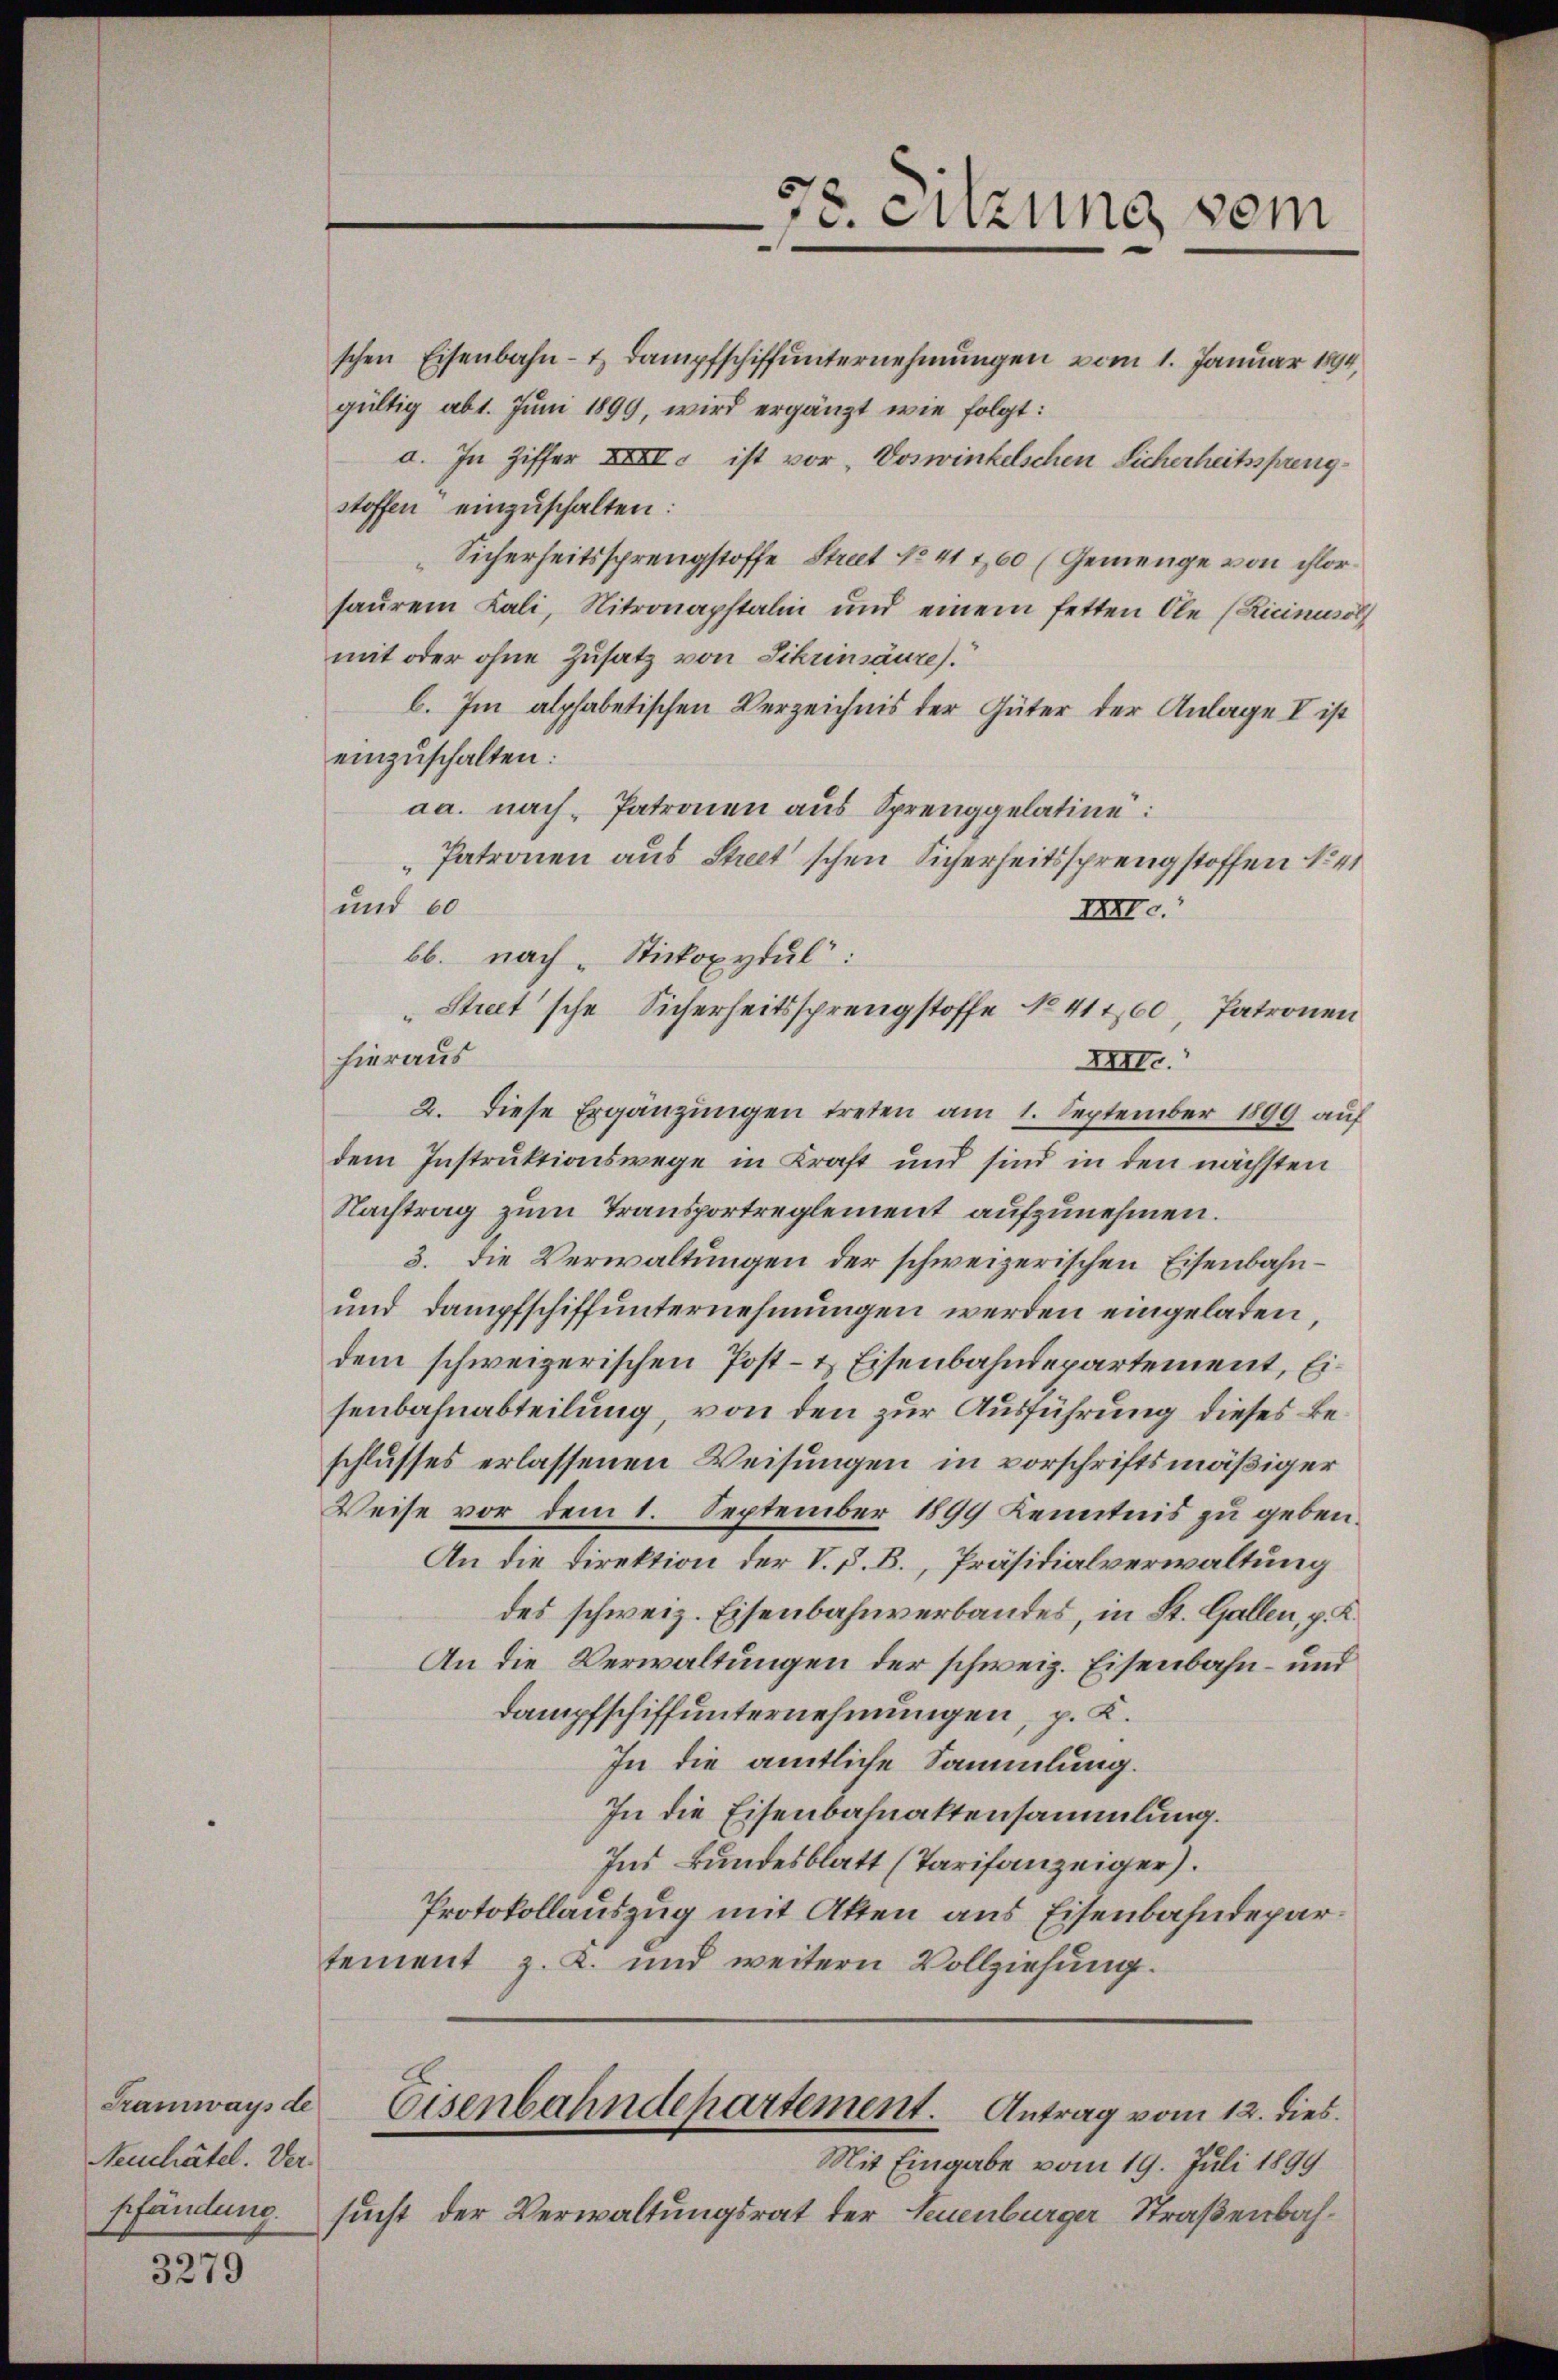
Tramways de
Neuchâtel. Der

3279

schen Eisenbahn- & Dampfschiffunternehmungen vom 1. Januar 1894
gültig abt. Juni 1899, wird ergänzt wie folgt:
a. In Ziffer XXII ist vor, Doswinkelschen Sicherheitssprengstoffen einzuschalten:
Sicherheitssprengstoffe Street No 41 760 (Gemenge von ihlorsaurem Lali, Nitronaptalin und einem fetten Ole (Ricinusol
mit oder ohne Zusatz von Sikrinsäure.
b. Im alphabetischen Verzeichnis der Güter der Anlage I ist
einzuschalten:
aa. nach Patronen aus Sprenggelatine
Patronen aus Streitschen Sicherheitssprengstoffen No 4
und 60
bb. nach Stickoxydul:
hieraus
XII.
2. Diese Ergänzŭngen treten am 1. September 1899 auf
dem Instruktionswege in Kraft und sind in den nächsten
Nachtrag zum Transportreglement aufzunehmen.
3. die Verwaltungen der schweizerischen Eisenbahn¬
und Dampfschiffunternehmungen werden eingeladen,
dem schweizerischen Post- & Eisenbahndepartement, Eisenbahnabteilung, von den zur Ausführung dieses Beschlusses erlassenen Weisungen in vorschriftsmäßiger
Weise vor dem 1. September 1899 Kenntnis zu geben.
An die Direktion der V. P. B., Präsidialverwaltung
des schweiz. Eisenbahnverbandes, in St. Gallen, p. K
An die Verwaltungen der schweiz. Eisenbahn- und
Dampfschiffunternehmungen, p. K.
In die amtliche Sammlung.
In die Eisenbahnaktensammlung.
Ins Bundesblatt (Tarifanzeiger).
Protokollauszug mit Akten aus Eisenbahndepartement z. K. und weitern Vollziehung.

78. Sitzung vom

XII.
Street'sche Sicherheitssprengstoffe No 41160, Patronen

Eisenbahndepartement. Antrag vom 12. dies

Mit Eingabe vom 19. Juli 1899
shändung. sucht der Verwaltungsrat der Neuenburger Straßenbah¬